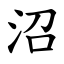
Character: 沼